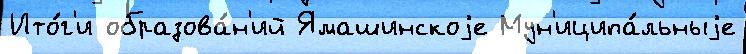
Ито́г'и образова́н'ий Ямашинскоjе Мун'иципа́льныjе